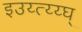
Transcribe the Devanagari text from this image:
इउय्त्य्य्घ्